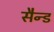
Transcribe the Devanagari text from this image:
सैन्ड